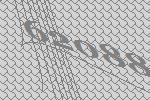
62088